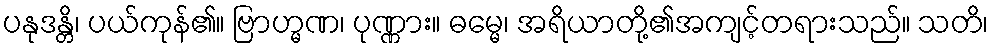
ပနုဒန္တိ၊ ပယ်ကုန်၏။ ဗြာဟ္မဏ၊ ပုဏ္ဏား။ ဓမ္မေ၊ အရိယာတို့၏အကျင့်တရားသည်။ သတိ၊